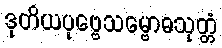
ဒုတိယပုဗ္ဗေသမ္ဗောဓသုတ္တံ